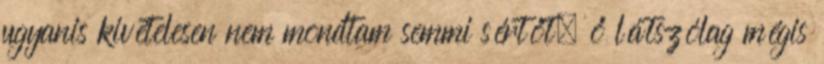
ugyanis kivételesen nem mondtam semmi sértőt, ő látszólag mégis